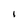
Character: l